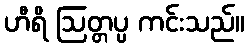
ဟီရိ ဩတ္တပ္ပ ကင်းသည်။